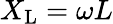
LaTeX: X_{\mathrm{L}}=\omega L